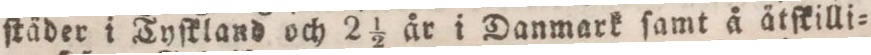
ſtäder i Tyſkland och 2 ½ år i Danmark ſamt å ätſkilli=